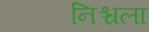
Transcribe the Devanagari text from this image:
निश्चला